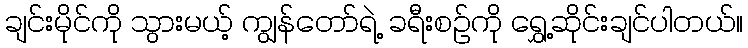
ချင်းမိုင်ကို သွားမယ့် ကျွန်တော်ရဲ့ ခရီးစဉ်ကို ရွှေ့ဆိုင်းချင်ပါတယ်။